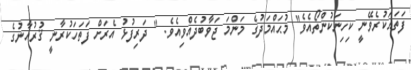
ފަތަޙަކުރެވޭނީ ކިހިނަކުންތޯއެވެ" މުޙައްމަދުގެ މަންމަ ޖަވާބުދެއްވިއެވެ. " ދަރިފުޅު އެރަށް ފަތަހަކުރާނީ ޤުރުއާނުގެ